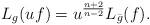
LaTeX: \begin{align*}L_g(uf) = u^{\frac{n+2}{n-2}}L_{\bar g} (f).\end{align*}